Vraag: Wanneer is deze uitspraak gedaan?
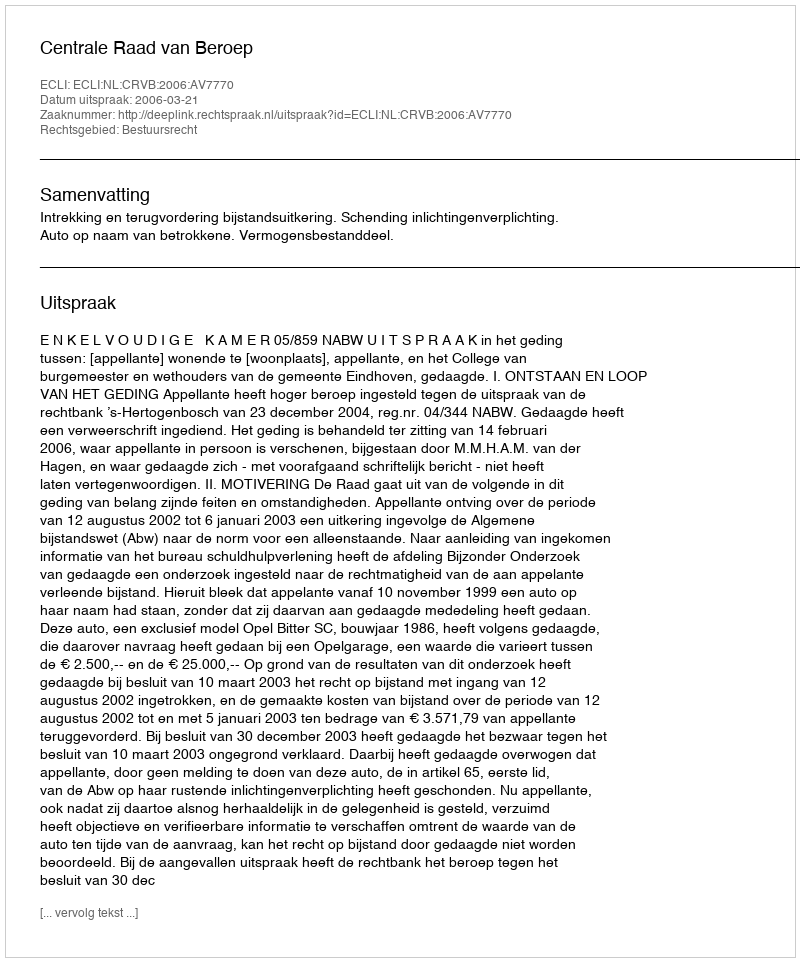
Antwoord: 2006-03-21